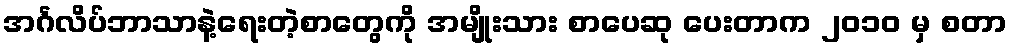
အင်္ဂလိပ်ဘာသာနဲ့ရေးတဲ့စာတွေကို အမျိုးသား စာပေဆု ပေးတာက ၂၀၁၀ မှ စတာ